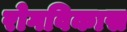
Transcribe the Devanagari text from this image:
रोगविकास